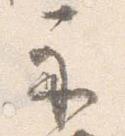
示